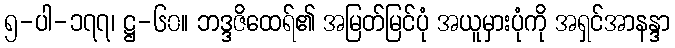
၅-ပါ-၁၇၇၊ ဋ္ဌ-၆၀။ ဘဒ္ဒဇိထေရ်၏ အမြတ်မြင်ပုံ အယူမှားပုံကို အရှင်အာနန္ဒာ